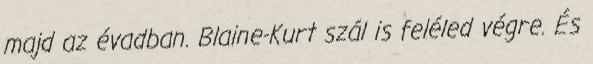
majd az évadban. Blaine-Kurt szál is feléled végre. És